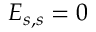
E _ { s , s } = 0